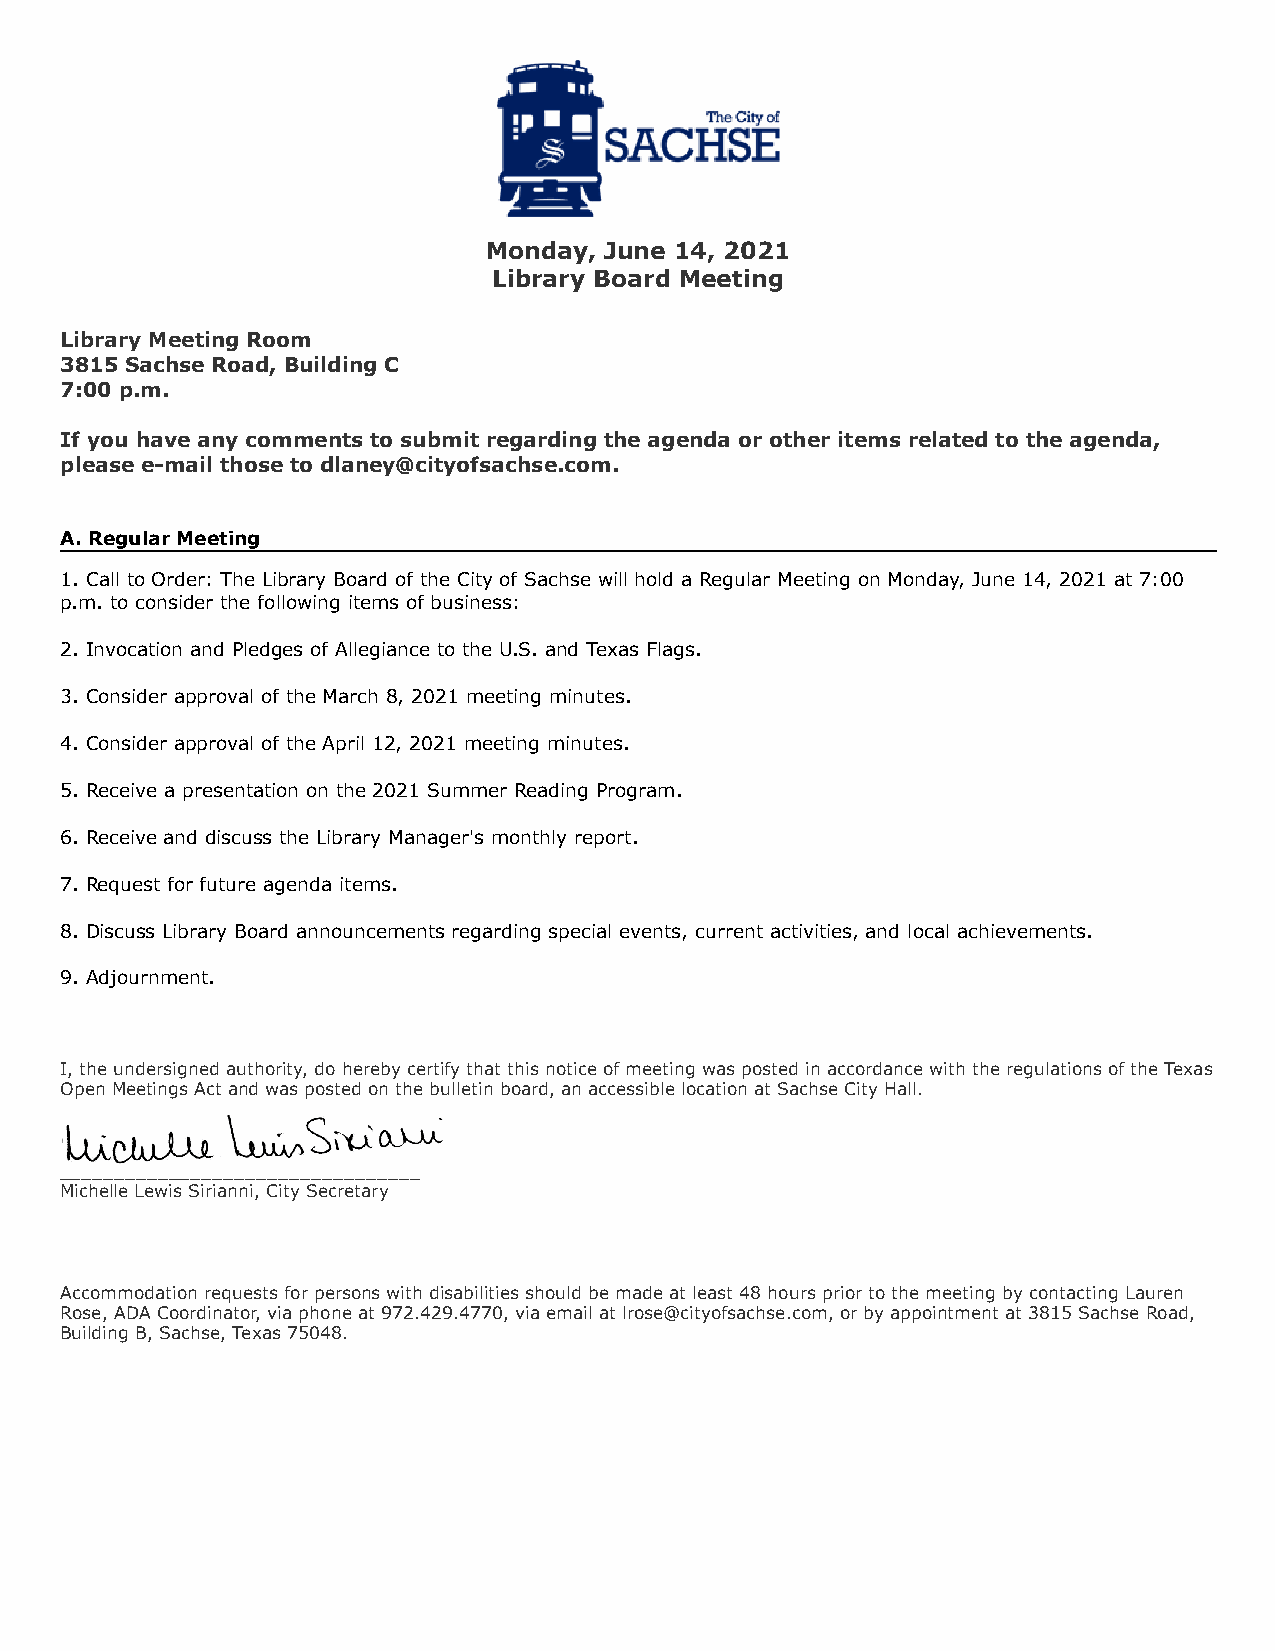
Monday, June 14, 2021
 Library Board Meeting
 Library Meeting Room
 3815 Sachse Road, Building C
 7:00 p.m.
 If you have any comments to submit regarding the agenda or other items related to the agenda,
 please e-mail those to dlaney@cityofsachse.com.
 A. Regular Meeting
 1. Call to Order: The Library Board of the City of Sachse will hold a Regular Meeting on Monday, June 14, 2021 at 7:00
 p.m. to consider the following items of business:
 2. Invocation and Pledges of Allegiance to the U.S. and Texas Flags.
 3. Consider approval of the March 8, 2021 meeting minutes.
 4. Consider approval of the April 12, 2021 meeting minutes.
 5. Receive a presentation on the 2021 Summer Reading Program.
 6. Receive and discuss the Library Manager's monthly report.
 7. Request for future agenda items.
 8. Discuss Library Board announcements regarding special events, current activities, and local achievements.
 9. Adjournment.
 I, the undersigned authority, do hereby certify that this notice of meeting was posted in accordance with the regulations of the Texas
 Open Meetings Act and was posted on the bulletin board, an accessible location at Sachse City Hall.
 _________________________________
 Michelle Lewis Sirianni, City Secretary
 Accommodation requests for persons with disabilities should be made at least 48 hours prior to the meeting by contacting Lauren
 Rose, ADA Coordinator, via phone at 972.429.4770, via email at lrose@cityofsachse.com, or by appointment at 3815 Sachse Road,
 Building B, Sachse, Texas 75048.